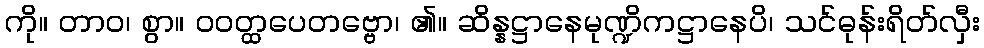
ကို။ တာဝ၊ စွာ။ ဝဝတ္ထပေတဗ္ဗော၊ ၏။ ဆိန္နဋ္ဌာနေမုဏ္ဍိကဋ္ဌာနေပိ၊ သင်ဓုန်းရိတ်လှီး